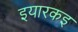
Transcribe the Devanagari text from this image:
इयारकइ